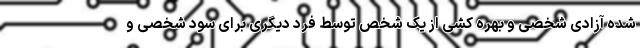
شده آزادی شخصی و بهره کشی از یک شخص توسط فرد دیگری برای سود شخصی و